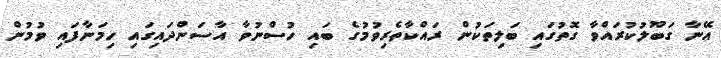
އޭނާ ގަބޫލުކުރައްވާ ގޮތުގައި ބަލިތަކުން ރައްކާތެރިވުމުގެ ބައި ހުސްނުވާ އާސަންދައިގައި ހިމަނާފައި ވުމުން